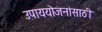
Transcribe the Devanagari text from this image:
उपाययोजनांसाठी